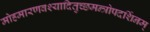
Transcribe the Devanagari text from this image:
मोहमारणवश्यादितुच्छमन्त्रोपदर्शिनम्